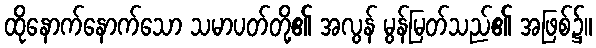
ထိုနောက်နောက်သော သမာပတ်တို့၏ အလွန် မွန်မြတ်သည်၏ အဖြစ်၌။